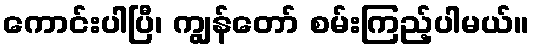
ကောင်းပါပြီ၊ ကျွန်တော် စမ်းကြည့်ပါမယ်။